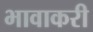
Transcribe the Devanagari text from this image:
भावाकरी